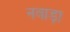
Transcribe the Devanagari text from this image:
नवाड़ा